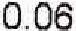
0.06